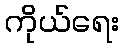
ကိုယ်ရေး